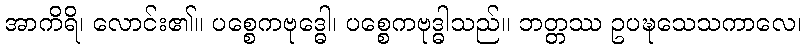
အာကိရိ၊ လောင်း၏။ ပစ္စေကဗုဒ္ဓေါ၊ ပစ္စေကဗုဒ္ဓါသည်။ ဘတ္တဿ ဥပဍ္ဎသေသကာလေ၊